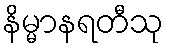
နိမ္မာနရတီသု